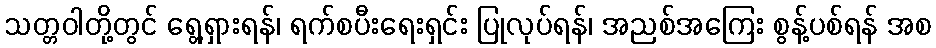
သတ္တဝါတို့တွင် ရွေ့ရှားရန်၊ ရက်စပီးရေးရှင်း ပြုလုပ်ရန်၊ အညစ်အကြေး စွန့်ပစ်ရန် အစ